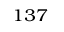
^ { 1 3 7 }